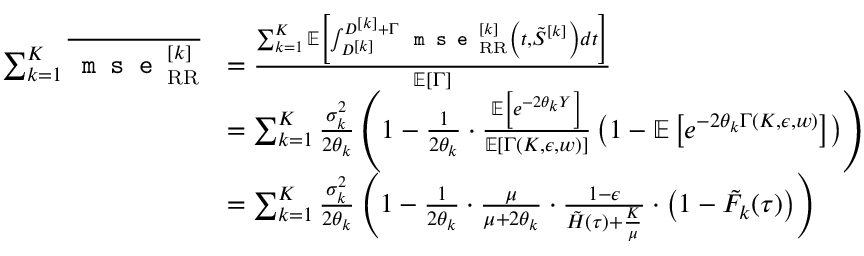
\begin{array} { r l } { \sum _ { k = 1 } ^ { K } \overline { { \texttt { m s e } _ { \mathrm { R R } } ^ { [ k ] } } } } & { = \frac { \sum _ { k = 1 } ^ { K } { \mathbb { E } } \left[ \int _ { D ^ { [ k ] } } ^ { D ^ { [ k ] } + \Gamma } \texttt { m s e } _ { \mathrm { R R } } ^ { [ k ] } \left( t , \tilde { S } ^ { [ k ] } \right) d t \right] } { \mathbb { E } \left[ \Gamma \right] } } \\ & { = \sum _ { k = 1 } ^ { K } \frac { \sigma _ { k } ^ { 2 } } { 2 \theta _ { k } } \left( 1 - \frac { 1 } { 2 \theta _ { k } } \cdot \frac { { \mathbb { E } } \left[ e ^ { - 2 \theta _ { k } Y } \right] } { { \mathbb { E } } [ \Gamma ( K , \epsilon , w ) ] } \left( 1 - { \mathbb { E } } \left[ e ^ { - 2 \theta _ { k } \Gamma ( K , \epsilon , w ) } \right] \right) \right) } \\ & { = \sum _ { k = 1 } ^ { K } \frac { \sigma _ { k } ^ { 2 } } { 2 \theta _ { k } } \left( 1 - \frac { 1 } { 2 \theta _ { k } } \cdot \frac { \mu } { \mu + 2 \theta _ { k } } \cdot \frac { 1 - \epsilon } { \tilde { H } ( \tau ) + \frac { K } { \mu } } \cdot \left( 1 - \tilde { F } _ { k } ( \tau ) \right) \right) } \end{array}